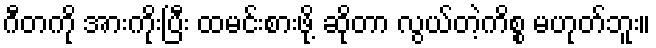
ဂီတကို အားကိုးပြီး ထမင်းစားဖို့ ဆိုတာ လွယ်တဲ့ကိစ္စ မဟုတ်ဘူး။